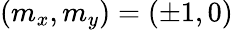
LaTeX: (m_{x},m_{y})=(\pm 1,0)